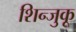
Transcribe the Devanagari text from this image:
शिन्जुकू